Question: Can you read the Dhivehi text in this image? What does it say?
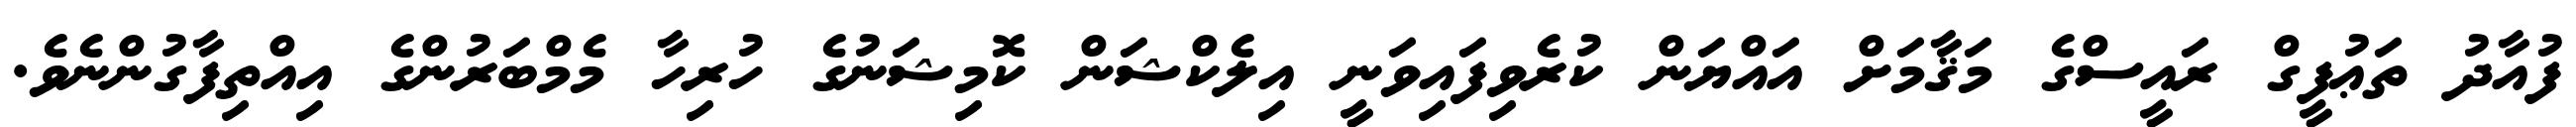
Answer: ފުއާދު ތަޢުފީގް ރައީސްގެ މަޤާމަށް އައްޔަން ކުރެވިފައިވަނީ އިލެކްޝަން ކޮމިޝަނުގެ ހުރިހާ މެމްބަރުންގެ އިއްތިފާގުންނެވެ.